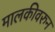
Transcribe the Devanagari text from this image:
मालकीवरुन